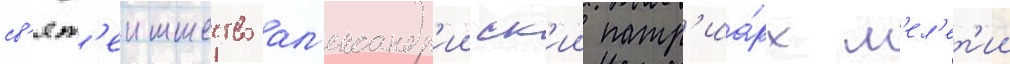
св'ят'еишество ал'ександр'ииск'ии патр'иа́рх м'ел'ет'ии